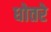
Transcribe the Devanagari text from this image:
धोतरे